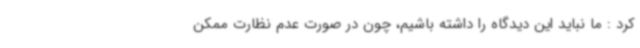
کرد : ما نباید این دیدگاه را داشته باشیم، چون در صورت عدم نظارت ممکن